Vaccination Hyderabad 1890-1903 - 1890-1903
Year: 1890
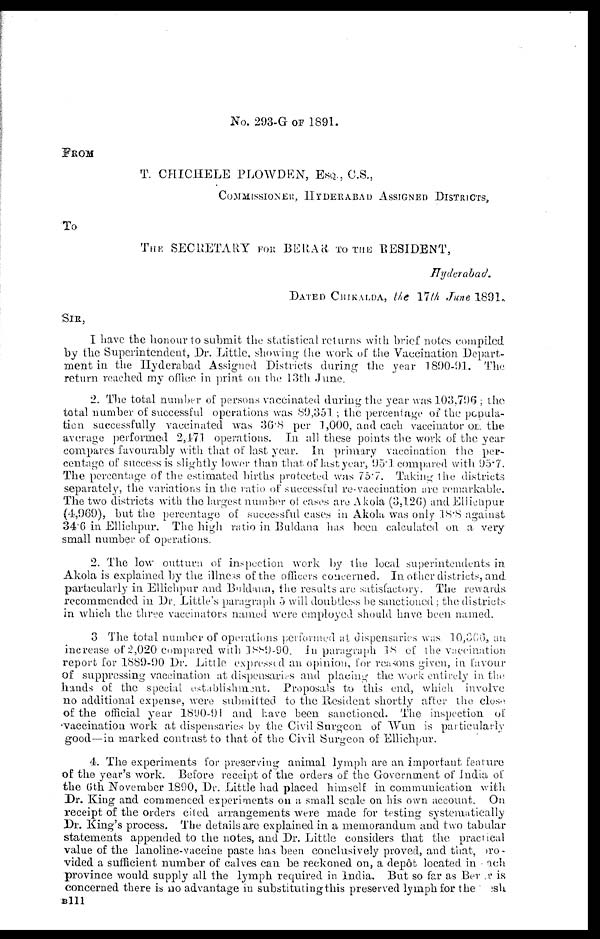
No. 293-G OF 1891.
FROM
T. CHICHELE PLOWDEN, ESQ., C.S.,
COMMISSIONER, HYDERABAD ASSIGNED DISTRICTS,
To
THE SECRETARY FOR BERAR TO THE RESIDENT,
Hyderabad.
DATED CHIKALDA, the 17 th June 1891.
SIR,
I have the honour to submit the statistical returns with brief notes compiled
by the Superintendent, Dr. Little, showing the work of the Vaccination Depart-
ment in the Hyderabad Assigned Districts during the year 1890-91. The
return reached my office in print on the 13th June.
2. The total number of persons vaccinated during the year was 103,796 ; the
total number of successful operations was 89,351; the percentage of the popula-
tion successfully vaccinated was 36.8 per 1,000, and each vaccinator on the
average performed 2,171 operations. In all these points the work of the year
compares favourably with that of last year. In primary vaccination the per-
centage of success is slightly lower than that of last year, 95.1 compared with 95.7.
The percentage of the estimated births protected was 75.7. Taking the districts
separately, the variations in the ratio of successful re-vaccination are remarkable.
The two districts with the largest number of cases are Akola (3,126) and Ellichpur
(4,969), but the percentage of successful cases in Akola was only 18.8 against
34.6 in Ellichpur. The high ratio in Buldana has been calculated on a very
small number of operations.
2. The low outturn of inspection work by the local superintendents in
Akola is explained by the illness of the officers concerned. In other districts, and
particularly in Ellichpur and Buldana, the results are satisfactory. The rewards
recommended in Dr. Little's paragraph 5 will doubtless be sanctioned; the districts
in which the three vaccinators named were employed should have been named.
3 The total number of operations performed at dispensaries was 10,366, an
increase of 2,020 compared with 1889-90. In paragraph 18 of the vaccination
report for 1889-90 Dr. Little expressed an opinion, for reasons given, in favour
of suppressing vaccination at dispensaries and placing the work entirely in the
hands of the special establishment. Proposals to this end, which involve
no additional expense, were submitted to the Resident shortly after the close
of the official year 1890-91 and have been sanctioned. The inspection of
vaccination work at dispensaries by the Civil Surgeon of Wun is particularly
good—in marked contrast to that of the Civil Surgeon of Ellichpur.
4. The experiments for preserving animal lymph are an important feature
of the year's work. Before receipt of the orders of the Government of India of
the 6th November 1890, Dr. Little had placed himself in communication with
Dr. King and commenced experiments on a small scale on his own account. On
receipt of the orders cited arrangements were made for testing systematically
Dr. King's process. The details are explained in a memorandum and two tabular
statements appended to the notes, and Dr. Little considers that the practical
value of the lanoline-vaccine paste has been conclusively proved, and that, pro-
vided a sufficient number of calves can be reckoned on, a depôt located in each
province would supply all the lymph required in India. But so far as Ber r is
concerned there is no advantage in substituting this preserved lymph for the esh
B111